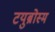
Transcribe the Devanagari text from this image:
टयुब्रोस्म